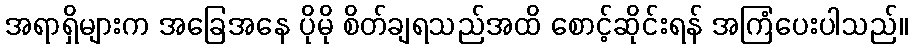
အရာရှိများက အခြေအနေ ပိုမို စိတ်ချရသည်အထိ စောင့်ဆိုင်းရန် အကြံပေးပါသည်။